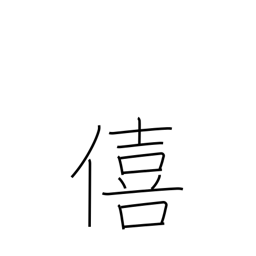
Meaning: enjoyment